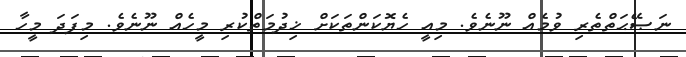
ނަޞޭޙަތްތެރި ވުމެއް ނޫނެވެ. މިއީ ހެޔޮކަންތަކަށް ޚިދުމަތްކުރި މީހެއް ނޫނެވެ. މިފަދަ މީހާ